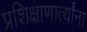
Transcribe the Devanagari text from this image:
प्रशिक्षाणार्त्यांना